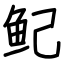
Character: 鱾